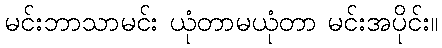
မင်းဘာသာမင်း ယုံတာမယုံတာ မင်းအပိုင်း။